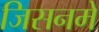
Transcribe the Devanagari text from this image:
जिसनमें